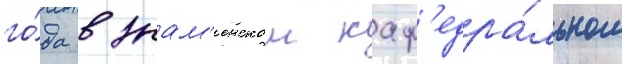
го́да в знам'енском каф'едра́льном